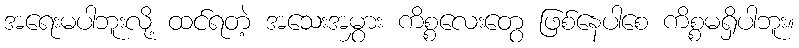
အရေးမပါဘူးလို့ ထင်ရတဲ့ အသေးအမွှား ကိစ္စလေးတွေ ဖြစ်နေပါစေ ကိစ္စမရှိပါဘူး။